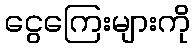
ငွေကြေးများကို